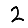
Digit: 2